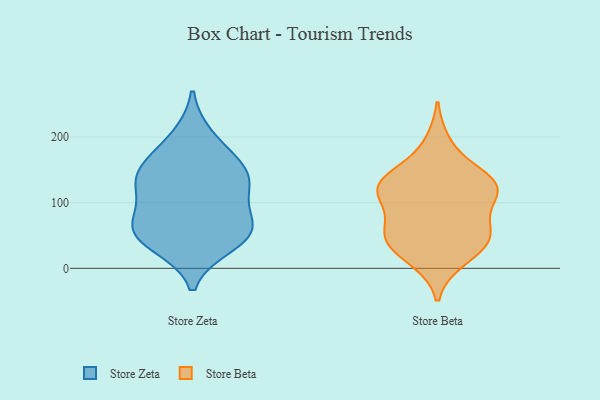
{"axis": {"x": "Churn Rate (%)", "y": "Value"}, "legend": ["Store Beta", "Store Zeta"], "data": [{"x": "", "y": 37, "type": "Store Zeta"}, {"x": "", "y": 56, "type": "Store Zeta"}, {"x": "", "y": 63, "type": "Store Zeta"}, {"x": "", "y": 138, "type": "Store Zeta"}, {"x": "", "y": 199, "type": "Store Zeta"}, {"x": "", "y": 61, "type": "Store Zeta"}, {"x": "", "y": 149, "type": "Store Zeta"}, {"x": "", "y": 161, "type": "Store Zeta"}, {"x": "", "y": 123, "type": "Store Zeta"}, {"x": "", "y": 118, "type": "Store Zeta"}, {"x": "", "y": 56, "type": "Store Zeta"}, {"x": "", "y": 53, "type": "Store Beta"}, {"x": "", "y": 121, "type": "Store Beta"}, {"x": "", "y": 120, "type": "Store Beta"}, {"x": "", "y": 191, "type": "Store Beta"}, {"x": "", "y": 113, "type": "Store Beta"}, {"x": "", "y": 13, "type": "Store Beta"}, {"x": "", "y": 125, "type": "Store Beta"}, {"x": "", "y": 145, "type": "Store Beta"}, {"x": "", "y": 123, "type": "Store Beta"}, {"x": "", "y": 140, "type": "Store Beta"}, {"x": "", "y": 43, "type": "Store Beta"}, {"x": "", "y": 53, "type": "Store Beta"}, {"x": "", "y": 49, "type": "Store Beta"}, {"x": "", "y": 21, "type": "Store Beta"}, {"x": "", "y": 58, "type": "Store Beta"}, {"x": "", "y": 96, "type": "Store Beta"}]}